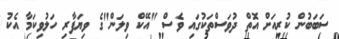
ސަބަބުން ކުރިއަށް އޮތް ދުވަސްތަކުގައި ވެސް "އޭކް ވިލަން"ގެ ވިޔަފާރި ހަލުވިކަމާ އެކު